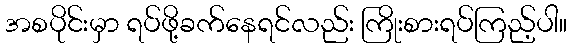
အစပိုင်းမှာ ရပ်ဖို့ခက်နေရင်လည်း ကြိုးစားရပ်ကြည့်ပါ။